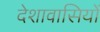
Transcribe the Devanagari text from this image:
देशावासियों